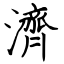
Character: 濟